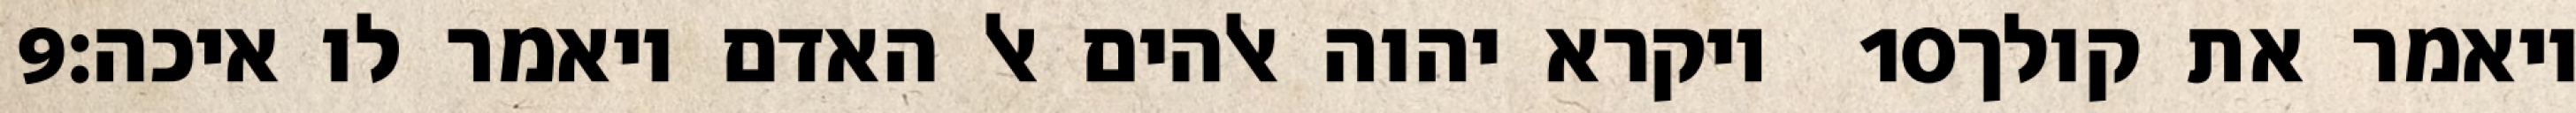
‎9‏ ויקרא יהוה אלהים אל האדם ויאמר לו איכה׃ ‎10‏ ויאמר את קולך